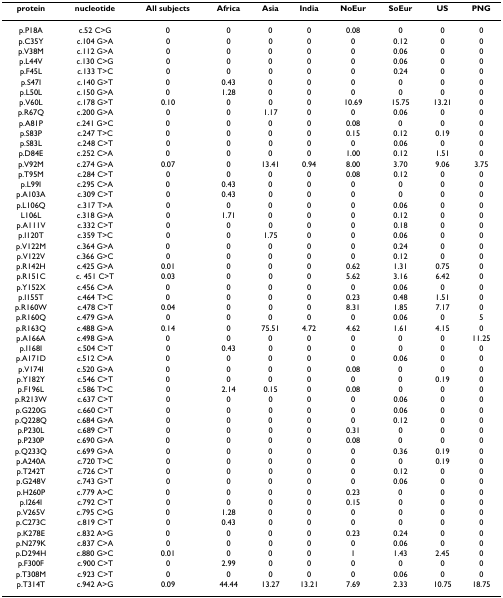
<table><thead><tr><td><b>protein</b></td><td><b>nucleotide</b></td><td><b>All subjects</b></td><td><b>Africa</b></td><td><b>Asia</b></td><td><b>India</b></td><td><b>NoEur</b></td><td><b>SoEur</b></td><td><b>US</b></td><td><b>PNG</b></td></tr></thead><tbody><tr><td>p.P18A</td><td>c.52 C&gt;G</td><td>0</td><td>0</td><td>0</td><td>0</td><td>0.08</td><td>0</td><td>0</td><td>0</td></tr><tr><td>p.C35Y</td><td>c.104 G&gt;A</td><td>0</td><td>0</td><td>0</td><td>0</td><td>0</td><td>0.12</td><td>0</td><td>0</td></tr><tr><td>p.V38M</td><td>c.112 G&gt;A</td><td>0</td><td>0</td><td>0</td><td>0</td><td>0</td><td>0.06</td><td>0</td><td>0</td></tr><tr><td>p.L44V</td><td>c.130 C&gt;G</td><td>0</td><td>0</td><td>0</td><td>0</td><td>0</td><td>0.06</td><td>0</td><td>0</td></tr><tr><td>p.F45L</td><td>c.133 T&gt;C</td><td>0</td><td>0</td><td>0</td><td>0</td><td>0</td><td>0.24</td><td>0</td><td>0</td></tr><tr><td>p.S47I</td><td>c.140 G&gt;T</td><td>0</td><td>0.43</td><td>0</td><td>0</td><td>0</td><td>0</td><td>0</td><td>0</td></tr><tr><td>p.L50L</td><td>c.150 G&gt;A</td><td>0</td><td>1.28</td><td>0</td><td>0</td><td>0</td><td>0</td><td>0</td><td>0</td></tr><tr><td>p.V60L</td><td>c.178 G&gt;T</td><td>0.10</td><td>0</td><td>0</td><td>0</td><td>10.69</td><td>15.75</td><td>13.21</td><td>0</td></tr><tr><td>p.R67Q</td><td>c.200 G&gt;A</td><td>0</td><td>0</td><td>1.17</td><td>0</td><td>0</td><td>0.06</td><td>0</td><td>0</td></tr><tr><td>p.A81P</td><td>c.241 G&gt;C</td><td>0</td><td>0</td><td>0</td><td>0</td><td>0.08</td><td>0</td><td>0</td><td>0</td></tr><tr><td>p.S83P</td><td>c.247 T&gt;C</td><td>0</td><td>0</td><td>0</td><td>0</td><td>0.15</td><td>0.12</td><td>0.19</td><td>0</td></tr><tr><td>p.S83L</td><td>c.248 C&gt;T</td><td>0</td><td>0</td><td>0</td><td>0</td><td>0</td><td>0.06</td><td>0</td><td>0</td></tr><tr><td>p.D84E</td><td>c.252 C&gt;A</td><td>0</td><td>0</td><td>0</td><td>0</td><td>1.00</td><td>0.12</td><td>1.51</td><td>0</td></tr><tr><td>p.V92M</td><td>c.274 G&gt;A</td><td>0.07</td><td>0</td><td>13.41</td><td>0.94</td><td>8.00</td><td>3.70</td><td>9.06</td><td>3.75</td></tr><tr><td>p.T95M</td><td>c.284 C&gt;T</td><td>0</td><td>0</td><td>0</td><td>0</td><td>0.08</td><td>0.12</td><td>0</td><td>0</td></tr><tr><td>p.L99I</td><td>c.295 C&gt;A</td><td>0</td><td>0.43</td><td>0</td><td>0</td><td>0</td><td>0</td><td>0</td><td>0</td></tr><tr><td>p.A103A</td><td>c.309 C&gt;T</td><td>0</td><td>0.43</td><td>0</td><td>0</td><td>0</td><td>0</td><td>0</td><td>0</td></tr><tr><td>p.L106Q</td><td>c.317 T&gt;A</td><td>0</td><td>0</td><td>0</td><td>0</td><td>0</td><td>0.06</td><td>0</td><td>0</td></tr><tr><td>L106L</td><td>c.318 G&gt;A</td><td>0</td><td>1.71</td><td>0</td><td>0</td><td>0</td><td>0.12</td><td>0</td><td>0</td></tr><tr><td>p.A111V</td><td>c.332 C&gt;T</td><td>0</td><td>0</td><td>0</td><td>0</td><td>0</td><td>0.18</td><td>0</td><td>0</td></tr><tr><td>p.I120T</td><td>c.359 T&gt;C</td><td>0</td><td>0</td><td>1.75</td><td>0</td><td>0</td><td>0.06</td><td>0</td><td>0</td></tr><tr><td>p.V122M</td><td>c.364 G&gt;A</td><td>0</td><td>0</td><td>0</td><td>0</td><td>0</td><td>0.24</td><td>0</td><td>0</td></tr><tr><td>p.V122V</td><td>c.366 G&gt;C</td><td>0</td><td>0</td><td>0</td><td>0</td><td>0</td><td>0.12</td><td>0</td><td>0</td></tr><tr><td>p.R142H</td><td>c.425 G&gt;A</td><td>0.01</td><td>0</td><td>0</td><td>0</td><td>0.62</td><td>1.31</td><td>0.75</td><td>0</td></tr><tr><td>p.R151C</td><td>c. 451 C&gt;T</td><td>0.03</td><td>0</td><td>0</td><td>0</td><td>5.62</td><td>3.16</td><td>6.42</td><td>0</td></tr><tr><td>p.Y152X</td><td>c.456 C&gt;A</td><td>0</td><td>0</td><td>0</td><td>0</td><td>0</td><td>0.06</td><td>0</td><td>0</td></tr><tr><td>p.I155T</td><td>c.464 T&gt;C</td><td>0</td><td>0</td><td>0</td><td>0</td><td>0.23</td><td>0.48</td><td>1.51</td><td>0</td></tr><tr><td>p.R160W</td><td>c.478 C&gt;T</td><td>0.04</td><td>0</td><td>0</td><td>0</td><td>8.31</td><td>1.85</td><td>7.17</td><td>0</td></tr><tr><td>p.R160Q</td><td>c.479 G&gt;A</td><td>0</td><td>0</td><td>0</td><td>0</td><td>0</td><td>0.06</td><td>0</td><td>5</td></tr><tr><td>p.R163Q</td><td>c.488 G&gt;A</td><td>0.14</td><td>0</td><td>75.51</td><td>4.72</td><td>4.62</td><td>1.61</td><td>4.15</td><td>0</td></tr><tr><td>p.A166A</td><td>c.498 G&gt;A</td><td>0</td><td>0</td><td>0</td><td>0</td><td>0</td><td>0</td><td>0</td><td>11.25</td></tr><tr><td>p.I168I</td><td>c.504 C&gt;T</td><td>0</td><td>0.43</td><td>0</td><td>0</td><td>0</td><td>0</td><td>0</td><td>0</td></tr><tr><td>p.A171D</td><td>c.512 C&gt;A</td><td>0</td><td>0</td><td>0</td><td>0</td><td>0</td><td>0.06</td><td>0</td><td>0</td></tr><tr><td>p.V174I</td><td>c.520 G&gt;A</td><td>0</td><td>0</td><td>0</td><td>0</td><td>0.08</td><td>0</td><td>0</td><td>0</td></tr><tr><td>p.Y182Y</td><td>c.546 C&gt;T</td><td>0</td><td>0</td><td>0</td><td>0</td><td>0</td><td>0</td><td>0.19</td><td>0</td></tr><tr><td>p.F196L</td><td>c.586 T&gt;C</td><td>0</td><td>2.14</td><td>0.15</td><td>0</td><td>0.08</td><td>0</td><td>0</td><td>0</td></tr><tr><td>p.R213W</td><td>c.637 C&gt;T</td><td>0</td><td>0</td><td>0</td><td>0</td><td>0</td><td>0.06</td><td>0</td><td>0</td></tr><tr><td>p.G220G</td><td>c.660 C&gt;T</td><td>0</td><td>0</td><td>0</td><td>0</td><td>0</td><td>0.06</td><td>0</td><td>0</td></tr><tr><td>p.Q228Q</td><td>c.684 G&gt;A</td><td>0</td><td>0</td><td>0</td><td>0</td><td>0</td><td>0.12</td><td>0</td><td>0</td></tr><tr><td>p.P230L</td><td>c.689 C&gt;T</td><td>0</td><td>0</td><td>0</td><td>0</td><td>0.31</td><td>0</td><td>0</td><td>0</td></tr><tr><td>p.P230P</td><td>c.690 G&gt;A</td><td>0</td><td>0</td><td>0</td><td>0</td><td>0.08</td><td>0</td><td>0</td><td>0</td></tr><tr><td>p.Q233Q</td><td>c.699 G&gt;A</td><td>0</td><td>0</td><td>0</td><td>0</td><td>0</td><td>0.36</td><td>0.19</td><td>0</td></tr><tr><td>p.A240A</td><td>c.720 T&gt;C</td><td>0</td><td>0</td><td>0</td><td>0</td><td>0</td><td>0</td><td>0.19</td><td>0</td></tr><tr><td>p.T242T</td><td>c.726 C&gt;T</td><td>0</td><td>0</td><td>0</td><td>0</td><td>0</td><td>0.12</td><td>0</td><td>0</td></tr><tr><td>p.G248V</td><td>c.743 G&gt;T</td><td>0</td><td>0</td><td>0</td><td>0</td><td>0</td><td>0.06</td><td>0</td><td>0</td></tr><tr><td>p.H260P</td><td>c.779 A&gt;C</td><td>0</td><td>0</td><td>0</td><td>0</td><td>0.23</td><td>0</td><td>0</td><td>0</td></tr><tr><td>p.I264I</td><td>c.792 C&gt;T</td><td>0</td><td>0</td><td>0</td><td>0</td><td>0.15</td><td>0</td><td>0</td><td>0</td></tr><tr><td>p.V265V</td><td>c.795 C&gt;G</td><td>0</td><td>1.28</td><td>0</td><td>0</td><td>0</td><td>0</td><td>0</td><td>0</td></tr><tr><td>p.C273C</td><td>c.819 C&gt;T</td><td>0</td><td>0.43</td><td>0</td><td>0</td><td>0</td><td>0</td><td>0</td><td>0</td></tr><tr><td>p.K278E</td><td>c.832 A&gt;G</td><td>0</td><td>0</td><td>0</td><td>0</td><td>0.23</td><td>0.24</td><td>0</td><td>0</td></tr><tr><td>p.N279K</td><td>c.837 C&gt;A</td><td>0</td><td>0</td><td>0</td><td>0</td><td>0</td><td>0.06</td><td>0</td><td>0</td></tr><tr><td>p.D294H</td><td>c.880 G&gt;C</td><td>0.01</td><td>0</td><td>0</td><td>0</td><td>1</td><td>1.43</td><td>2.45</td><td>0</td></tr><tr><td>p.F300F</td><td>c.900 C&gt;T</td><td>0</td><td>2.99</td><td>0</td><td>0</td><td>0</td><td>0</td><td>0</td><td>0</td></tr><tr><td>p.T308M</td><td>c.923 C&gt;T</td><td>0</td><td>0</td><td>0</td><td>0</td><td>0</td><td>0.06</td><td>0</td><td>0</td></tr><tr><td>p.T314T</td><td>c.942 A&gt;G</td><td>0.09</td><td>44.44</td><td>13.27</td><td>13.21</td><td>7.69</td><td>2.33</td><td>10.75</td><td>18.75</td></tr></tbody></table>